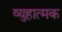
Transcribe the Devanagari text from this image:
व्युहात्मक